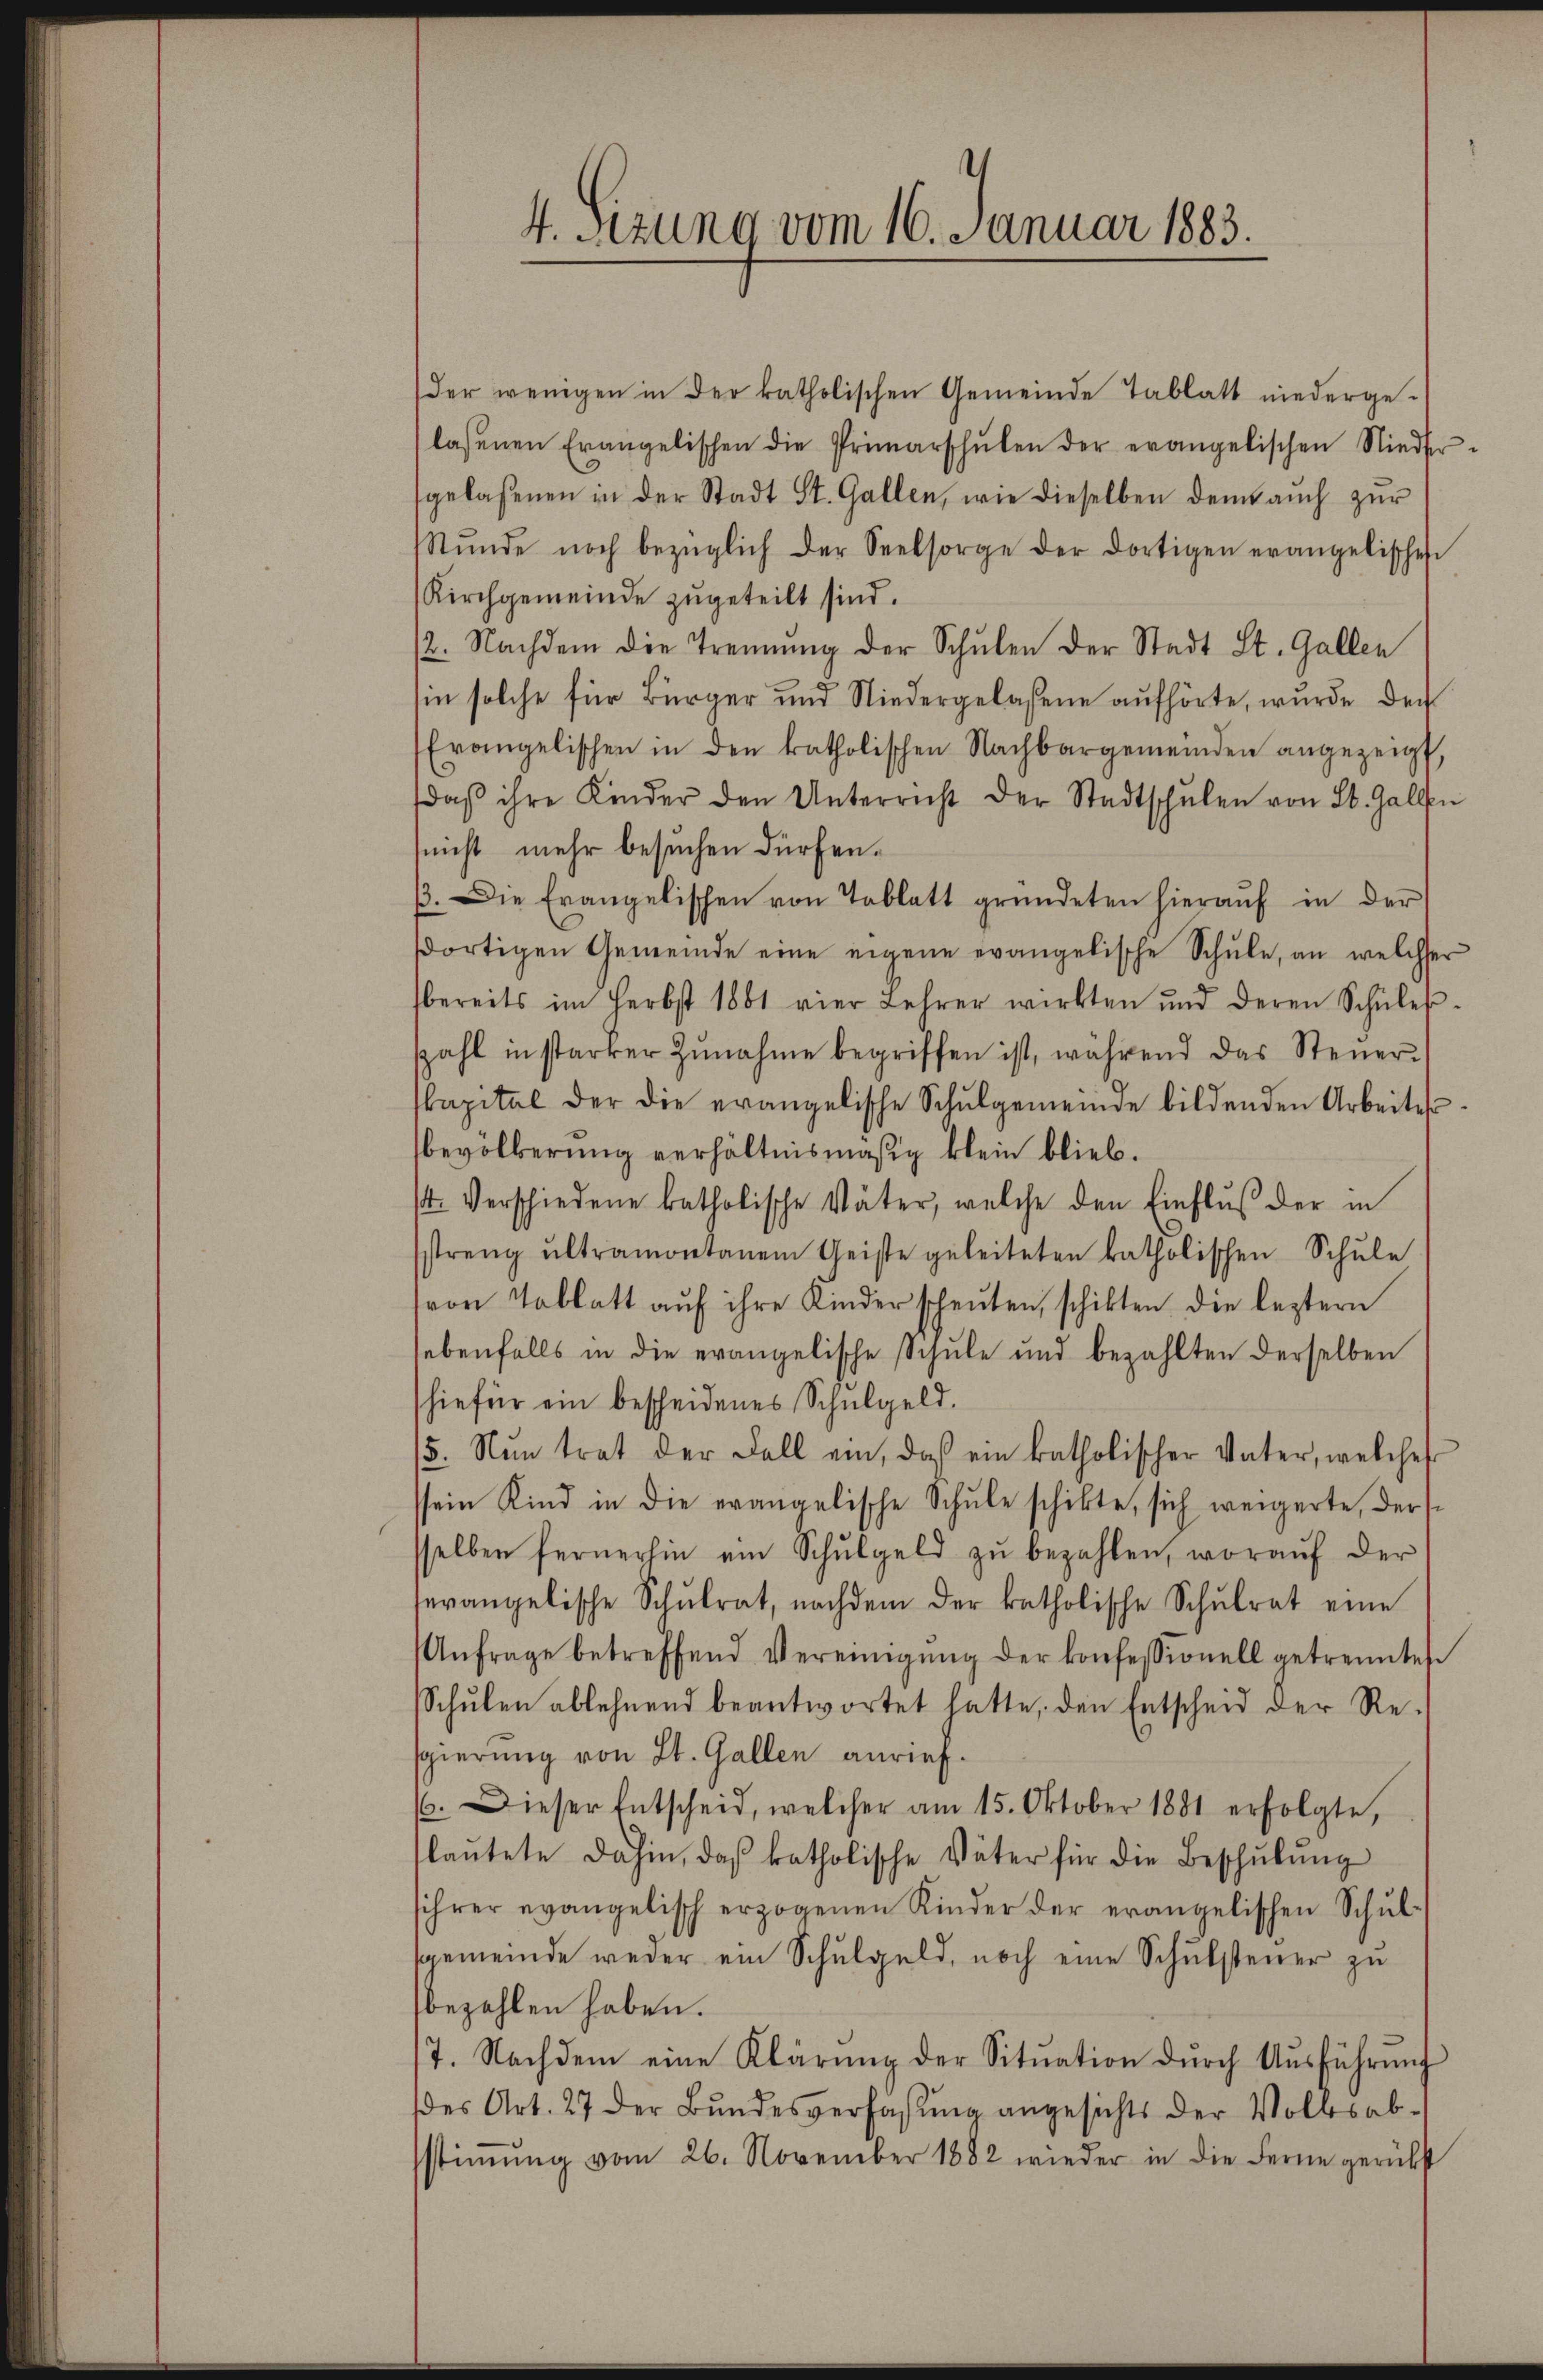
4. Sizung vom 16. Januar 1883.

der wenigen in der katholischen Gemeinde Tablatt niederge-
lassenen Erangelischen die Primarschŭlen der evangelischen Niedergelassenen in der Stadt St. Gallen, wie dieselben dem aŭch zŭr
Stŭnde noch bezüglich der Seelsorge der dortigen evangelischen
Kirchgemeinde zugeteilt sind.
2. Nachdem die Trennung der Schulen der Stadt St. Gallen
hin solche für Bürger und Niedergelaßene aufhörte, wurde der
Evangelischen in den katholischen Nachbargemeinden angezeigt,
daβ ihre Kinder den Unterricht der Stadtschŭlen von St. Gallen
(nicht mehr besuchen dürfen.
β. Die Erangelischen von Tablatt gründeten hieraŭf in der
dortigen Gemeinde eine eigene evangelische Schŭle, an welcher
bereits im Herbst 1881 vier Lehrer wirkten und deren Schüler-
zahl in starker Zŭnahme begriffen ist, während das Steŭer-
kapital der die evangelische Schulgemeinde bildenden Arbeitebevölkerung verhältnismäsig klein blieb.
4. Verschiedene katholische Väter, welche den Einflŭβ der in
streng ultramontanen Geiste geleiteten katholischen Schŭle
svon Tablatt aŭf ihre Kinder scheuten, schikten die leztern
sebenfalls in die evangelische Schŭle und bezahlten derselben
hiefür ein bescheidenes Schulgeld.
5. Nŭn trat der Fall ein, daß ein katholischer Vater, welches
ssein Kind in die evangelische Schule schikte, sich weigerte, ders
sselben fernerhin am Schŭlgeld zŭ bezahlen, woraŭf der
sevangelische Schŭlrat, nachdem der katholische Schŭlrat eine
Anfrage betreffend Vereinigŭng der konfessionell getrenntes
Schŭlen ablehnend beantwortet hatte, den Entscheid der Re-
sgierung von St. Gallen anrief.
66. Dieser Entscheid, welcher am 15. Oktober 1881 erfolgte,
laŭtete dahin, das katholische Väter für die Beschŭlŭng
sihrer evangelisch erzogenen Kinder der erangelischen Schulgemeinde weder ein Schulgeld, noch eine Schulsteuer zu
bezahlen haben.
7. Nachdem eine Klärŭng der Sitŭation dŭrch Aŭsführŭng
des Art. 27 der Bŭndesverfassŭng angesichts der Volksab-
sstimmig vom 26. November 1882 wieder in die Ferne gerükst